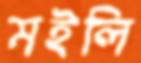
মইলি